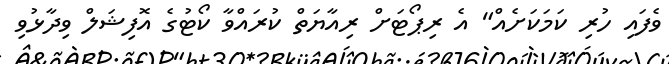
ވެފައި ހުރި ކަމަކަށެއް" އެ ރިޕޯޓަށް ރިއާޔަތް ކުރައްވާ ކޯޓުގެ އޮފިޝަލް ވިދާޅުވި